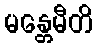
မန္တေမီတိ